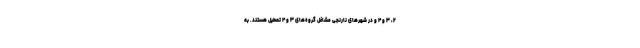
۲، ۳ و ۴ و در شهر‌های نارنجی مشاغل گروه‌های ۳ و ۴ تعطیل هستند. به